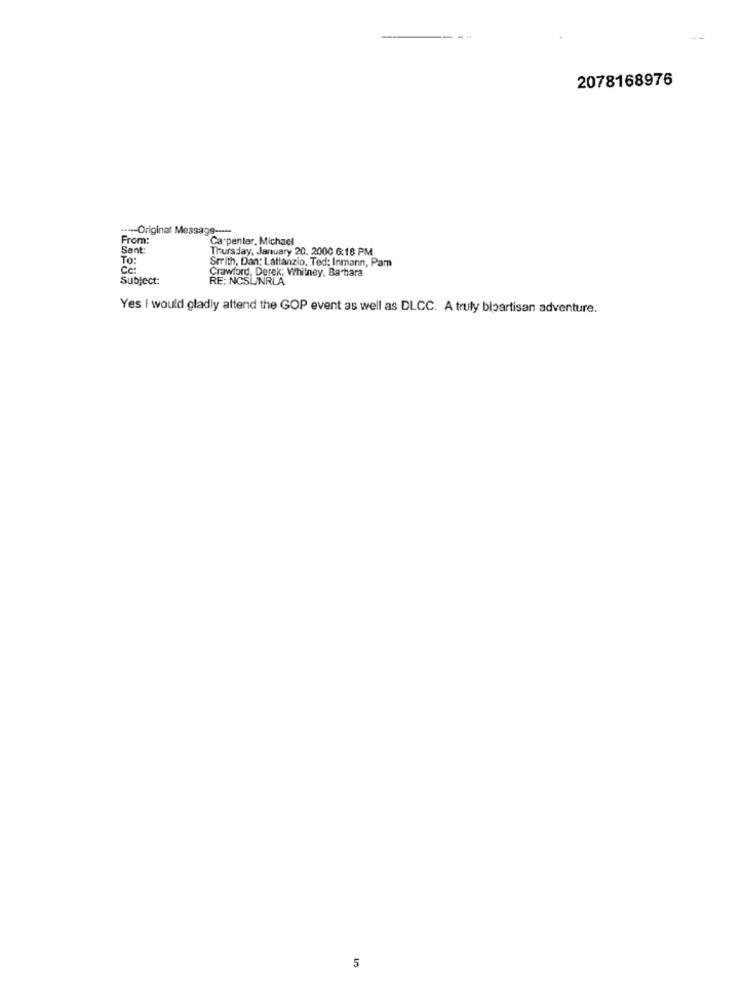
2078168976
----- Original Message -----
From:
Carpenter, Michael
Sent:
Thursday, January 20, 2000 6:18 PM
To:
Srrith, Dan: Lattanzio, Ted: Inmann, Pam
Cc:
Subject:
Crawford, Derek; Whitney, Barbara
RE: NCSLINRLA
Yes i would gladly attend the GOP event as well as DLCC. A truly bipartisan adventure.
5